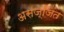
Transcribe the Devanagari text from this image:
असज्जित